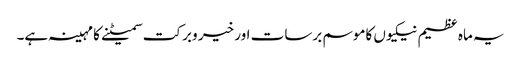
یہ ماہ عظیم نیکیوں کاموسم برسات اور خیر وبرکت سمیٹنے کا مہینہ ہے۔